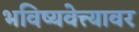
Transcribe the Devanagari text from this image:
भविष्यवेत्त्यावर